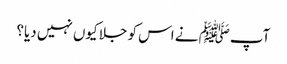
آپﷺ نے اس کو جلا کیوں نہیں دیا؟